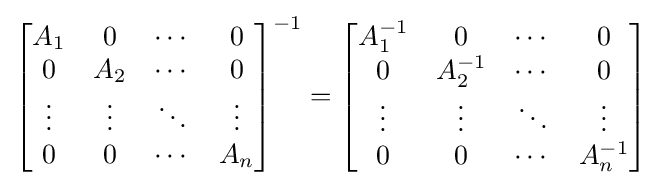
{\begin{bmatrix}{A}_{1}&{0}&\cdots &{0}\\{0}&{A}_{2}&\cdots &{0}\\\vdots &\vdots &\ddots &\vdots \\{0}&{0}&\cdots &{A}_{n}\end{bmatrix}}^{-1}={\begin{bmatrix}{A}_{1}^{-1}&{0}&\cdots &{0}\\{0}&{A}_{2}^{-1}&\cdots &{0}\\\vdots &\vdots &\ddots &\vdots \\{0}&{0}&\cdots &{A}_{n}^{-1}\end{bmatrix}}